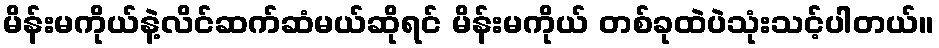
မိန်းမကိုယ်နဲ့လိင်ဆက်ဆံမယ်ဆိုရင် မိန်းမကိုယ် တစ်ခုထဲပဲသုံးသင့်ပါတယ်။